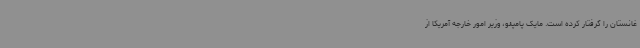
غانستان را گرفتار کرده است. مایک پامپئو، وزیر امور خارجه آمریکا از